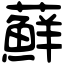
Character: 蘚